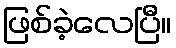
ဖြစ်ခဲ့လေပြီ။